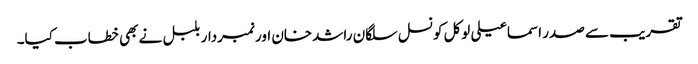
تقریب سے صدر اسماعیلی لوکل کونسل سلگان راشدخان اور نمبردار بلبل نے بھی خطاب کیا۔